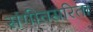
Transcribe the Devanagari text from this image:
संगीतसरिता